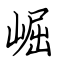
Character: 崛